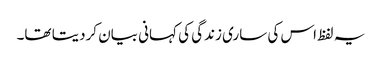
یہ لفظ اس کی ساری زندگی کی کہانی بیان کردیتا تھا۔